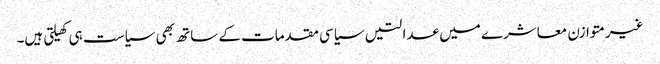
غیرمتوازن معاشرے میں عدالتیں سیاسی مقدمات کے ساتھ بھی سیاست ہی کھیلتی ہیں۔